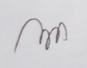
Signature authenticity: genuine